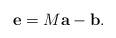
LaTeX: \begin{align*}\mathbf{e} = M\mathbf{a}-\mathbf{b}.\end{align*}